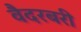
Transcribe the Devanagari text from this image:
वैदरबरी